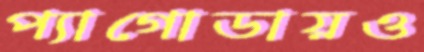
প্যাগোডায়ও